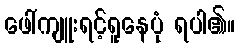
ဖေါ်ကျူးရင့်ရူနေပုံ ရပါ၏။